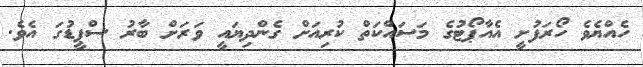
ހެއްޔެވެ ހޯރަފުށީ އެއާޕޯޓުގެ މަސައްކަތް ކުރިއަށް ގެންދިޔައީ ވަރަށް ބާރު ސްޕީޑުގަ އެވެ.